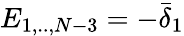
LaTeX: E_{1,..,N-3}=-\bar{\delta}_{1}